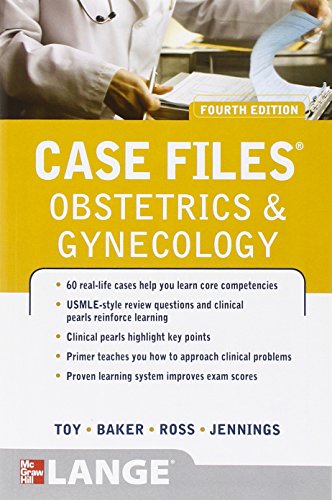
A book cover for Case Files Obstetrics and Gynecology, Fourth Edition (LANGE Case Files); Eugene Toy; Test Preparation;